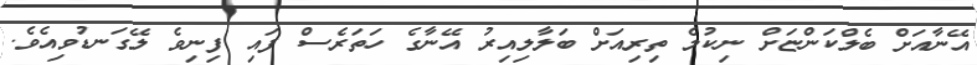
އޭނާއަށް ބެލްކަންޏަށް ނިކުމެ ތިރިއަށް ބަލާލިއިރު އޭނާގެ ހަތަރެސް ފައި ފިނިވެ ލޭގަނޑުވިއެވެ.